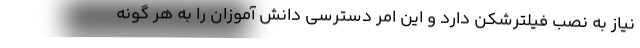
نیاز به نصب فیلترشکن دارد و این امر دسترسی دانش آموزان را به هر گونه